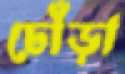
ঢোঁড়া